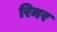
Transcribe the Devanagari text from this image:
रिमर